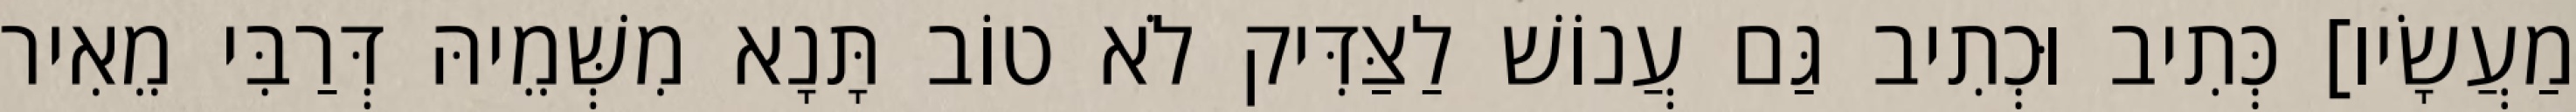
מַעֲשָׂיו] כְּתִיב וּכְתִיב גַּם עֲנוֹשׁ לַצַּדִּיק לֹא טוֹב תָּנָא מִשְּׁמֵיהּ דְּרַבִּי מֵאִיר